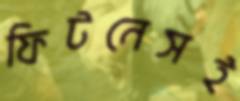
ফিটনেসই